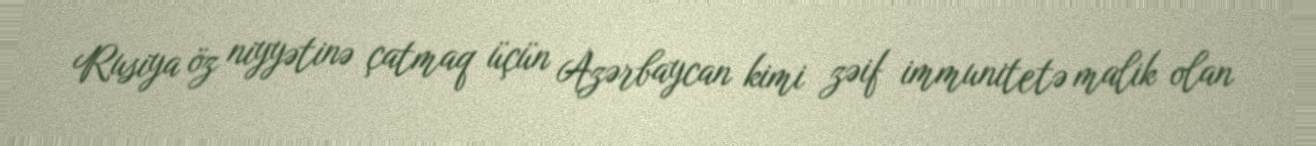
Rusiya öz niyyətinə çatmaq üçün Azərbaycan kimi zəif immunitetə malik olan